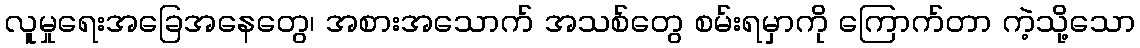
လူမှုရေးအခြေအနေတွေ၊ အစားအသောက် အသစ်တွေ စမ်းရမှာကို ကြောက်တာ ကဲ့သို့သော